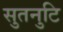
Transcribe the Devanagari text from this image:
सुतनुटि